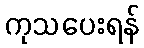
ကုသပေးရန်